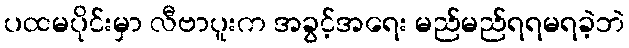
ပထမပိုင်းမှာ လီဗာပူးက အခွင့်အရေး မည်မည်ရရမရခဲ့ဘဲ